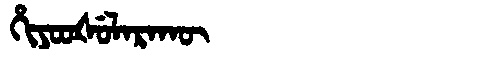
Manchu: ᡥᡳᠶᠣᠣᡧᡠᠯᠠᡵᠠᡴᡡ
Romanization: HIYOOŠULARAKŪ